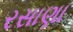
રસાણા